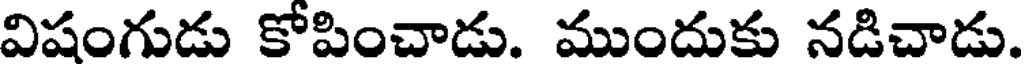
విషంగుడు కోపించాడు. ముందుకు నడిచాడు.